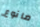
مانوع